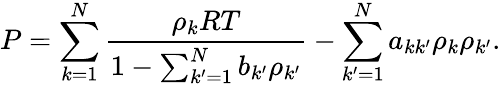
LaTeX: P=\sum_{k=1}^{N}\frac{\rho_{k}RT}{1-\sum_{k^{\prime}=1}^{N}b_{k^{\prime}}\rho_{k^{\prime}}}-\sum_{k^{\prime}=1}^{N}a_{kk^{\prime}}\rho_{k}\rho_{k^{\prime}}.